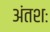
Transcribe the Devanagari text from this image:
अंतशः